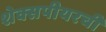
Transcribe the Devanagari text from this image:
शेक्सपीयरची